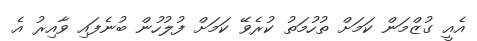
އެއީ ގުޒްމަން ކަމަށް ތުހުމަތު ކުރެވޭ ކަމަށް ފުލުހުން ބުނެފައި ވާއިރު އެ